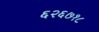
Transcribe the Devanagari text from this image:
६२६७१८